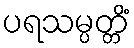
ပရသမ္ပတ္တိံ